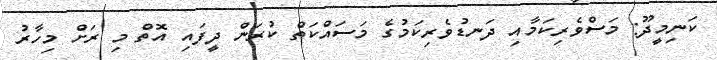
ކަނިމީދޫ: މަސްވެރިކަމާއި ދަނޑުވެރިކަމުގެ މަސައްކަތް ކުރަން ދީފައި އޮތް މި ރަށް މިހާރު